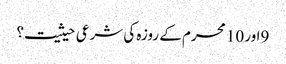
9اور 10 محرم کے روزہ کی شرعی حیثیت؟